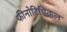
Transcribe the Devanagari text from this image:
फीनोटिपिकल